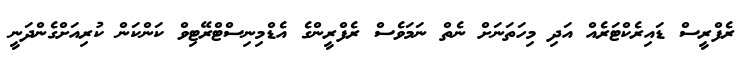
ރެފްރީސް ޑައިރެކްޓަރެއް އަދި މިހަތަނަށް ނެތް ނަމަވެސް ރެފްރީންގެ އެޑްމިނިސްޓްރޭޓިވް ކަންކަން ކުރިއަށްގެންދަނީ